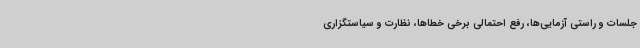
جلسات و راستی آزمایی‌ها، رفع احتمالی برخی خطاها، نظارت و سیاستگزاری